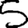
Digit: 5